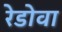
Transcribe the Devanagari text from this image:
रेडोवा